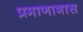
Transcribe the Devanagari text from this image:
प्रमाणाभास